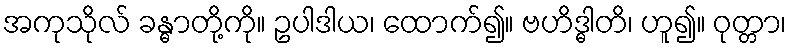
အကုသိုလ် ခန္ဓာတို့ကို။ ဥပါဒါယ၊ ထောက်၍။ ဗဟိဒ္ဓါတိ၊ ဟူ၍။ ဝုတ္တာ၊